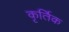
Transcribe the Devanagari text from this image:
कृर्तिक